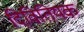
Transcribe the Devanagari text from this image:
दिवितियक